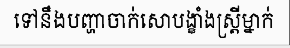
ទៅនឹងបញ្ហាចាក់សោបង្ខាំងស្ត្រីម្នាក់